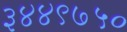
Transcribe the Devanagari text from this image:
३४४९७५०